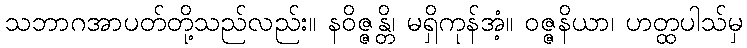
သဘာဂအာပတ်တို့သည်လည်း။ နဝိဇ္ဇန္တိ၊ မရှိကုန်အံ့။ ဝဇ္ဇနိယာ၊ ဟတ္ထပါသ်မှ